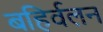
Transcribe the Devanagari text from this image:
बहिर्वलन